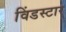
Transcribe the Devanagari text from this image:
विंडस्टार